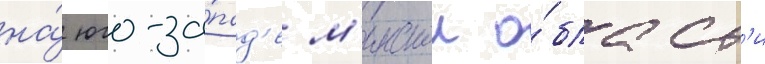
на́ юго-за́пад'е м'инскои о́бласт'и